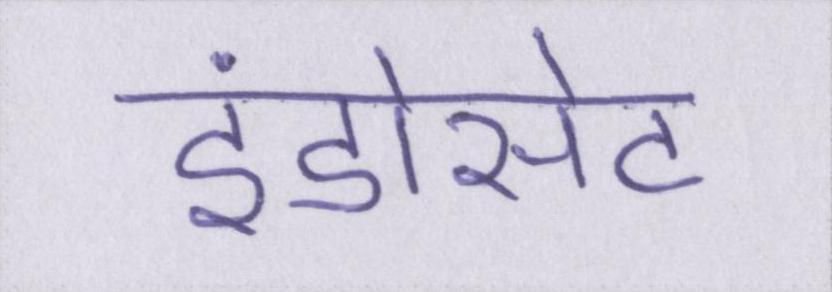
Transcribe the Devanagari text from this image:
इंडोसेट